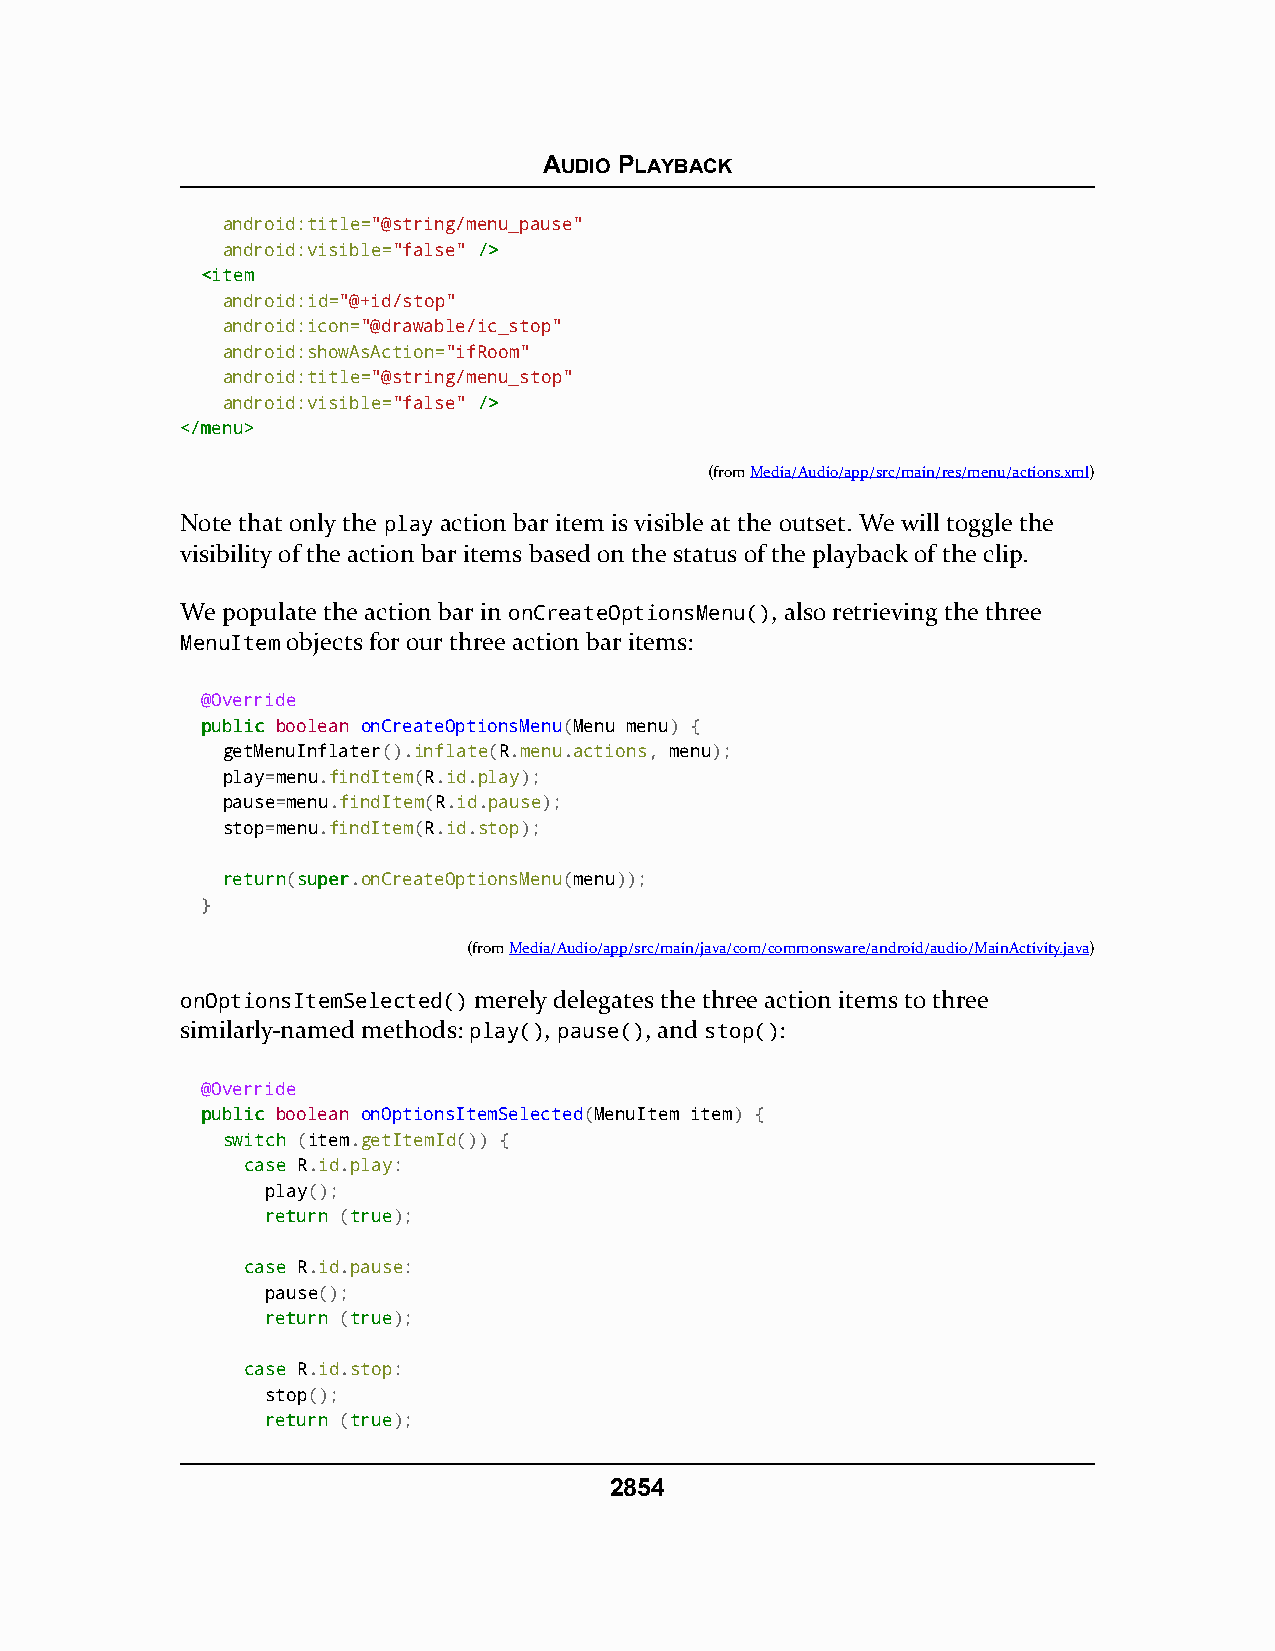
AUDIO PLAYBACK
 android:title="@string/menu_pause"
 android:visible="false" //>>
 <<iitteemm
 android:id="@+id/stop"
 android:icon="@drawable/ic_stop"
 android:showAsAction="ifRoom"
 android:title="@string/menu_stop"
 android:visible="false" //>>
 <<//mmeennuu>>
 (fromMedia/Audio/app/src/main/res/menu/actions.xml)
 Note that only the play action bar item is visible at the outset. We will toggle the
 visibility of the action bar items based on the status of the playback of the clip.
 We populate the action bar in onCreateOptionsMenu(), also retrieving the three
 MenuItem objects for our three action bar items:
 @Override
 ppuubblliicc boolean onCreateOptionsMenu(Menu menu) {
 getMenuInflater().inflate(R.menu.actions, menu);
 play=menu.findItem(R.id.play);
 pause=menu.findItem(R.id.pause);
 stop=menu.findItem(R.id.stop);
 rreettuurrnn(ssuuppeerr.onCreateOptionsMenu(menu));
 }
 (fromMedia/Audio/app/src/main/java/com/commonsware/android/audio/MainActivity.java)
 onOptionsItemSelected() merely delegates the three action items to three
 similarly-named methods: play(), pause(), and stop():
 @Override
 ppuubblliicc boolean onOptionsItemSelected(MenuItem item) {
 sswwiittcchh (item.getItemId()) {
 ccaassee R.id.play:
 play();
 rreettuurrnn (ttrruuee);
 ccaassee R.id.pause:
 pause();
 rreettuurrnn (ttrruuee);
 ccaassee R.id.stop:
 stop();
 rreettuurrnn (ttrruuee);
 2854